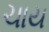
ચાય